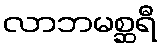
လာဘမစ္ဆရီ